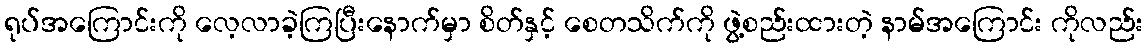
ရုပ်အကြောင်းကို လေ့လာခဲ့ကြပြီးနောက်မှာ စိတ်နှင့် စေတသိက်ကို ဖွဲ့စည်းထားတဲ့ နာမ်အကြောင်း ကိုလည်း